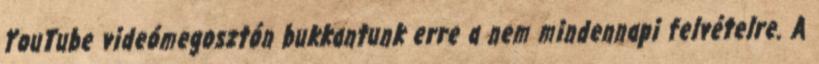
YouTube videómegosztón bukkantunk erre a nem mindennapi felvételre. A